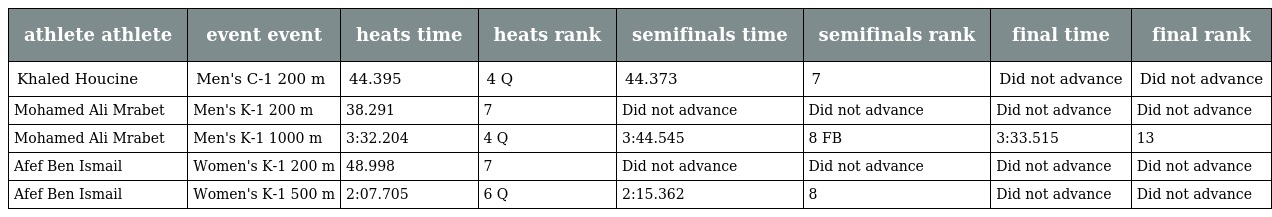
| athlete athlete | event event | heats time | heats rank | semifinals time | semifinals rank | final time | final rank |
 | --- | --- | --- | --- | --- | --- | --- | --- |
 | Khaled Houcine | Men's C-1 200 m | 44.395 | 4 Q | 44.373 | 7 | Did not advance | Did not advance |
 | Mohamed Ali Mrabet | Men's K-1 200 m | 38.291 | 7 | Did not advance | Did not advance | Did not advance | Did not advance |
 | Mohamed Ali Mrabet | Men's K-1 1000 m | 3:32.204 | 4 Q | 3:44.545 | 8 FB | 3:33.515 | 13 |
 | Afef Ben Ismail | Women's K-1 200 m | 48.998 | 7 | Did not advance | Did not advance | Did not advance | Did not advance |
 | Afef Ben Ismail | Women's K-1 500 m | 2:07.705 | 6 Q | 2:15.362 | 8 | Did not advance | Did not advance |